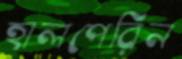
হালপেরিন